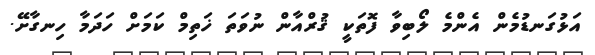
އަޅުގަނޑުމެން އެންމެ ލޯބިވާ ފޮތަކީ ޤުރްއާން ނުވަތަ ޚަތިމް ކަމަށް ހަދަމާ ހިނގާށޭ.